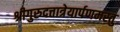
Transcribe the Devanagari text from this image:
श्रीगुरुदत्तात्रेयार्पणमस्तु